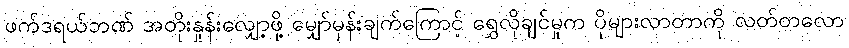
ဖက်ဒရယ်ဘဏ် အတိုးနှုန်းလျှော့ဖို့ မျှော်မှန်းချက်ကြောင့် ရွှေလိုချင်မှုက ပိုများလာတာကို လတ်တလော